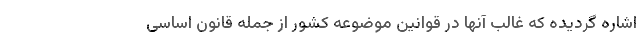
اشاره گردیده که غالب آنها در قوانین موضوعه کشور از جمله قانون اساسی